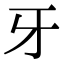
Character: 牙